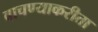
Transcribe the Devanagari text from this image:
वाचण्याकरीता